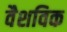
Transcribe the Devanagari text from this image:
वैशविक